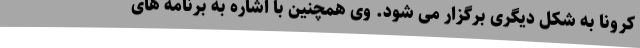
کرونا به شکل دیگری برگزار می شود. وی همچنین با اشاره به برنامه های